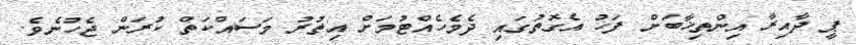
ޕީ ދާއިރާ އިންތިޚާބަށް ފަހު އެގޮތުގައި ދެމެހެއްޓުމަށް އިތުރު މަސައްކަތް ކުރަން ޖެހުނެވެ.